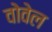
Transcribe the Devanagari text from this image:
वोवेल